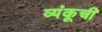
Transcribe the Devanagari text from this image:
व्यंकूची